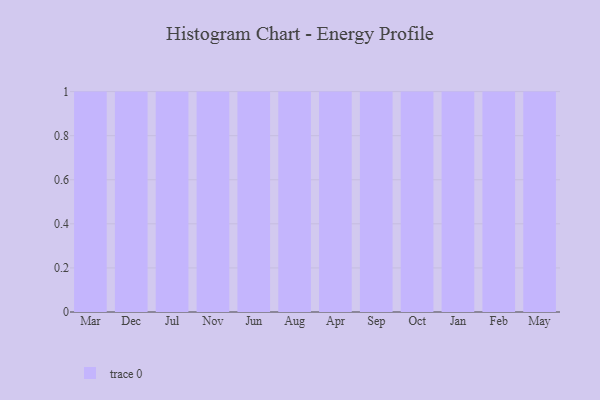
{"axis": {"x": "Month", "y": "Gross Profit (USD K)"}, "legend": [""], "data": [{"x": "Mar", "y": 35, "type": ""}, {"x": "Dec", "y": 6, "type": ""}, {"x": "Jul", "y": 53, "type": ""}, {"x": "Nov", "y": 42, "type": ""}, {"x": "Jun", "y": 81, "type": ""}, {"x": "Aug", "y": 97, "type": ""}, {"x": "Apr", "y": 79, "type": ""}, {"x": "Sep", "y": 27, "type": ""}, {"x": "Oct", "y": 43, "type": ""}, {"x": "Jan", "y": 97, "type": ""}, {"x": "Feb", "y": 49, "type": ""}, {"x": "May", "y": 97, "type": ""}]}